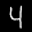
Label: 4